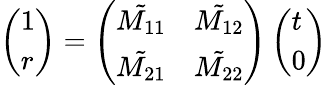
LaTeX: \left(\begin{array}{l}{1}\\ {r}\end{array}\right)=\left(\begin{array}{ll}{\tilde{M_{11}}}&{\tilde{M_{12}}}\\ {\tilde{M_{21}}}&{\tilde{M_{22}}}\end{array}\right)\left(\begin{array}{l}{t}\\ {0}\end{array}\right)